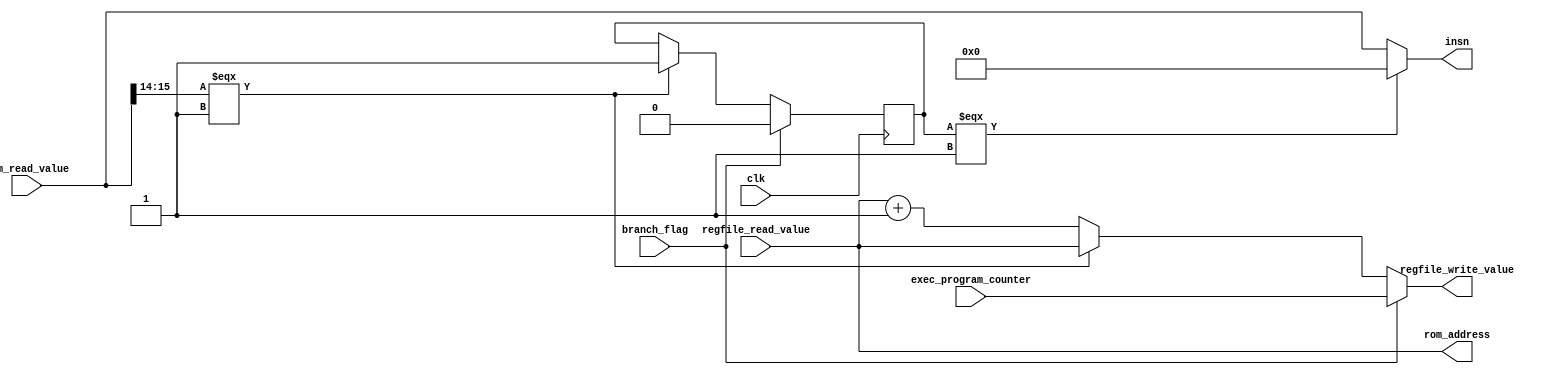
module Fetch(
    input clk,
    output wire [15:0] insn,
    // regfile
    output wire [15:0] regfile_write_value,
    input wire [15:0] regfile_read_value,
    // rom
    output wire [15:0] rom_address,
    input wire [15:0] rom_read_value,
    // pc from exec stage
    input wire branch_flag,
    input wire [15:0] exec_program_counter
);

    wire [15:0] program_counter;
    wire [15:0] next_program_counter;
    reg stall_controller;

    assign program_counter = regfile_read_value;
    assign rom_address = program_counter; 
    assign next_program_counter = rom_read_value[15:14] === 2'b01 ? program_counter : program_counter + 1;
    assign insn = stall_controller === 1 ? 16'd0 : rom_read_value;
    assign regfile_write_value = branch_flag ? exec_program_counter : next_program_counter;

always @(posedge clk)
begin
    if (rom_read_value[15:14] === 2'b01)
        stall_controller <= 1;
    if (branch_flag)
        stall_controller <= 0;
end

endmodule